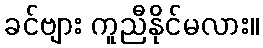
ခင်ဗျား ကူညီနိုင်မလား။